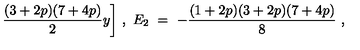
\frac { ( 3 + 2 p ) ( 7 + 4 p ) } { 2 } y \bigg ] \ , \ E _ { 2 } \ = \ - \frac { ( 1 + 2 p ) ( 3 + 2 p ) ( 7 + 4 p ) } { 8 } \ ,